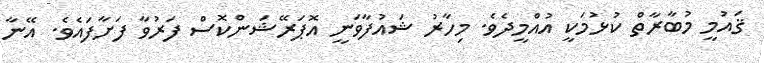
ޤައުމީ މުބާރާތް ކުޅުމަކީ އުއްމީދެވެ. މިހާރު ޝައުފާވަނީ އޮޕަރޭޝަންކޮސް ފަރުވާ ފަށާފައެވެ. އޭނާ